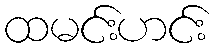
ထမင်းဟင်း